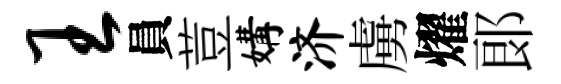
王員荳媾济虜燿郞